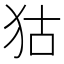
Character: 狜